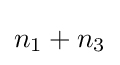
n_{1}+n_{3}\,\!